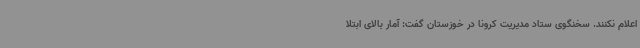
اعلام نکنند. سخنگوی ستاد مدیریت کرونا در خوزستان گفت: آمار بالای ابتلا